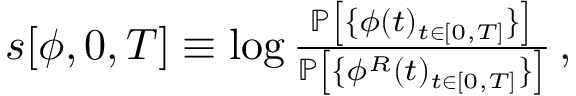
\begin{array} { r } { { s } [ { \phi } , 0 , T ] \equiv \log \frac { \mathbb { P } \left[ \{ \phi ( t ) _ { t \in [ 0 , T ] } \} \right] } { \mathbb { P } \left[ \{ \phi ^ { R } ( t ) _ { t \in [ 0 , T ] } \} \right] } \, , } \end{array}